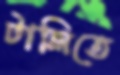
টালিতে